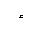
Letter: _hamza